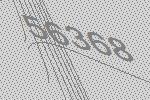
56368